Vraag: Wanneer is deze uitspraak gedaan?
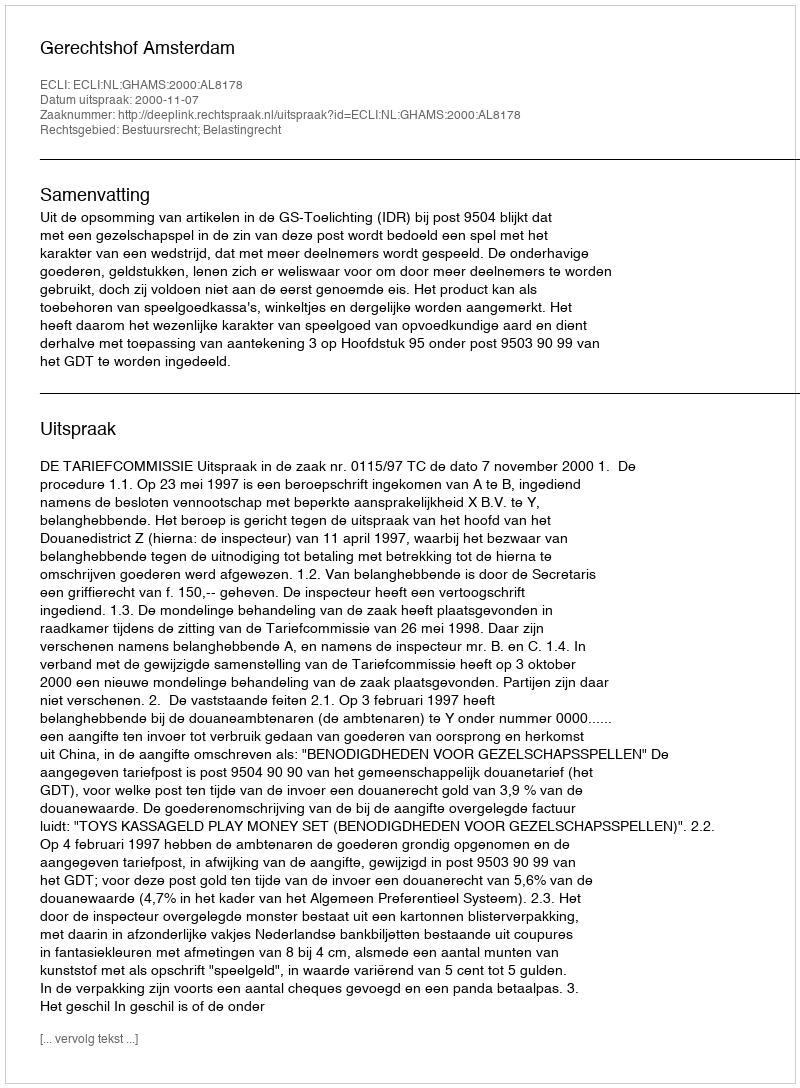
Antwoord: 2000-11-07